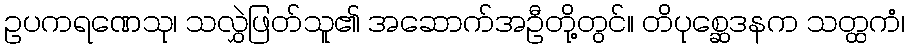
ဥပကရဏေသု၊ သလွှဲဖြတ်သူ၏ အဆောက်အဦတို့တွင်။ တိပုစ္ဆေဒနက သတ္ထကံ၊